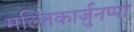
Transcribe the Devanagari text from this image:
मल्लिकार्जुनप्पा